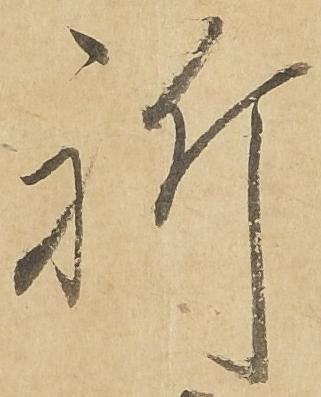
祈